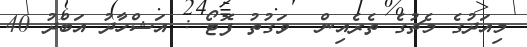
މިއަދުގެ މެޗުގެ ތެރެއިން  ވަގުތު ފޮޓޯ : އަޝްހާދު އަބްދު 40